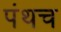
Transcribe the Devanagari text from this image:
पंथच